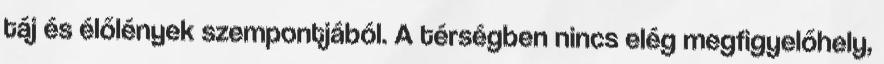
táj és élőlények szempontjából. A térségben nincs elég megfigyelőhely,